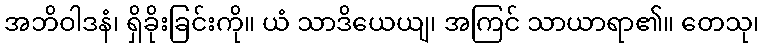
အဘိဝါဒနံ၊ ရှိခိုးခြင်းကို။ ယံ သာဒိယေယျ၊ အကြင် သာယာရာ၏။ တေသု၊